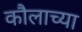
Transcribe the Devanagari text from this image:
कौलाच्या